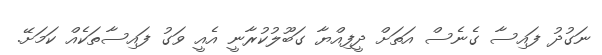
ނަގުދު ފައިސާ ގެނެސް އަތަށް ދީފިއްޔާ ގަބޫލުކުރާނީ އެއީ ވަގު ފައިސާތަކެއް ކަމަށޭ.